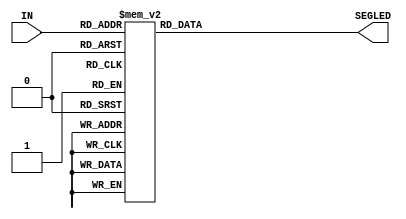
//////////////////////////////////////////////////////////////////////////
//binary to segment LED converter 
// converts from 4bit input to coresponding 
module bin2HexLED (IN, SEGLED);
   input [3:0] IN;
   output [6:0] SEGLED;
   reg [6:0] 	SEGLED;
   
   always @(IN) begin
      case (IN)
	4'h0: SEGLED <= 7'b0111111;
	4'h1: SEGLED <= 7'b0000110;
	4'h2: SEGLED <= 7'b1011011;
	4'h3: SEGLED <= 7'b1001111;
	4'h4: SEGLED <= 7'b1100110;
	4'h5: SEGLED <= 7'b1101101;
	4'h6: SEGLED <= 7'b1111101;
	4'h7: SEGLED <= 7'b0000111;
	4'h8: SEGLED <= 7'b1111111;
	4'h9: SEGLED <= 7'b1100111;
	4'hA: SEGLED <= 7'b1110111;
	4'hB: SEGLED <= 7'b1111100;
	4'hC: SEGLED <= 7'b1011000;
	4'hD: SEGLED <= 7'b1011110;
	4'hE: SEGLED <= 7'b1111001;
	4'hF: SEGLED <= 7'b1110001;
      endcase
   end
endmodule // HEXLED